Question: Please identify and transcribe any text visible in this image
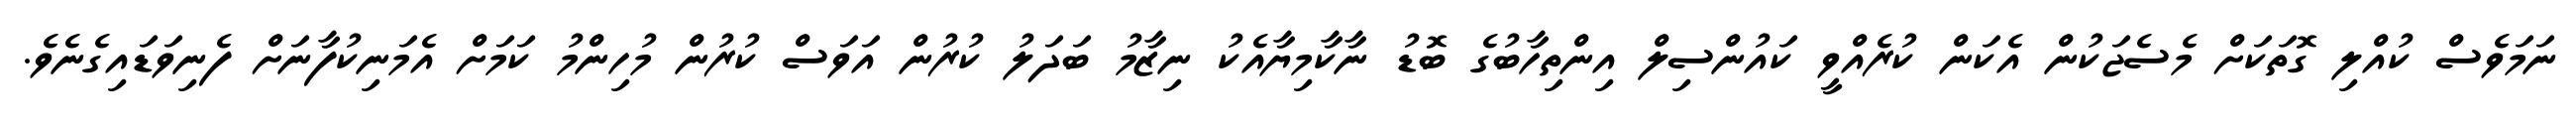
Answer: ނަމަވެސް ކުއްލި ގޮތަކަށް މެސެޖަކުން އެކަން ކުރެއްވީ ކައުންސިލް އިންތިހާބުގެ ބޮޑު ނާކާމިޔާއެކު ނިޒާމު ބަދަލު ކުރުން އަވަސް ކުރުން މުހިންމު ކަމަށް އެމަނިކުފާނަށް ފެނިވަޑައިގެނެވެ.